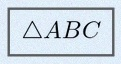
\triangle ABC